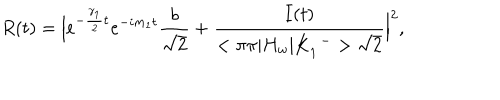
R ( t ) = \Big | e ^ { - { \frac { \gamma _ { 1 } } { 2 } } t } e ^ { - i m _ { 1 } t } { \frac { b } { \sqrt { 2 } } } + { \frac { I ( t ) } { < \pi \pi | H _ { w } | K _ { 1 } ^ { \enspace - } > \sqrt { 2 } } } \Big | ^ { 2 } ,